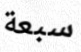
سبعة